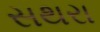
સથરા